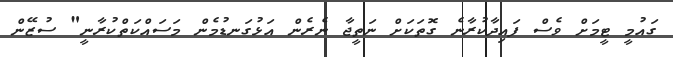
ގައުމީ ޓީމަށް ވެސް ފައިދާކުރާނެ ގޮތަކަށް ނަތީޖާ ނެރެން އަޅުގަނޑުމެން މަސައްކަތްކުރާނީ" ސުޒޭން